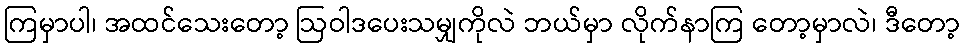
ကြမှာပါ၊ အထင်သေးတော့ ဩဝါဒပေးသမျှကိုလဲ ဘယ်မှာ လိုက်နာကြ တော့မှာလဲ၊ ဒီတော့